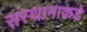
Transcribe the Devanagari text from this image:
संस्थानाकडे